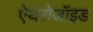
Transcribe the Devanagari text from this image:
ऐंथेरोजॉइड